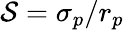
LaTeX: \mathcal{S}=\sigma_{p}/r_{p}